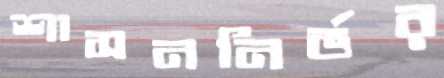
শাসননির্ভর